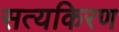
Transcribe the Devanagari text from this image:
सत्यकिरण